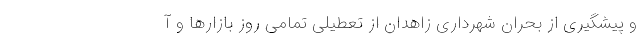
و پیشگیری از بحران شهرداری زاهدان از تعطیلی تمامی روز بازارها و آ